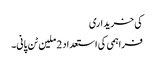
کی خریداری
فراہمی کی استعداد 2 ملین ٹن پانی۔